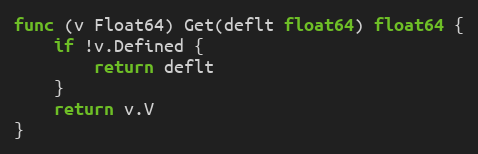
Language: Go
func (v Float64) Get(deflt float64) float64 {
	if !v.Defined {
		return deflt
	}
	return v.V
}